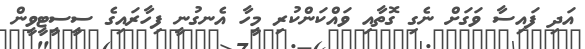
އަދި ފައިސާ ވަގަށް ނެގި ގޮތާއި ވައްކަންކުރި މީހާ އެނގުނީ ފިހާރައިގެ ސީސީޓީވީން